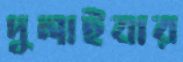
দুলাইবার